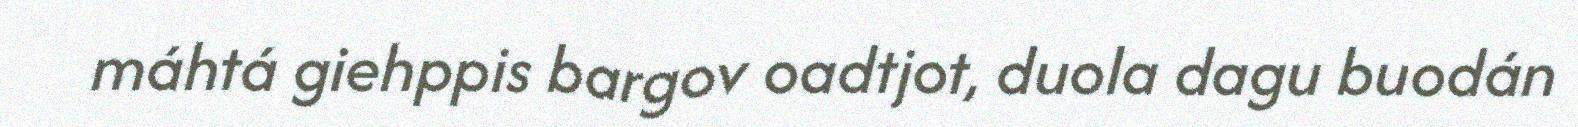
máhtá giehppis bargov oadtjot, duola dagu buodán